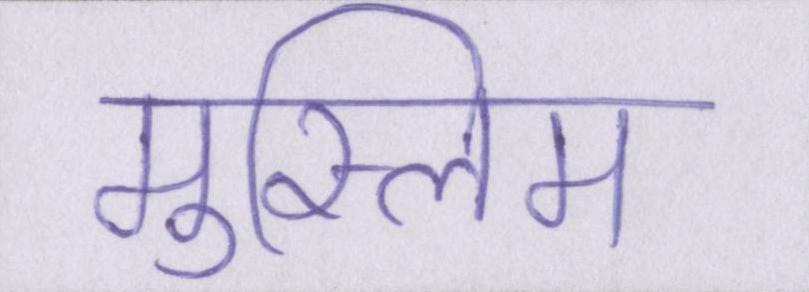
मुस्लिम